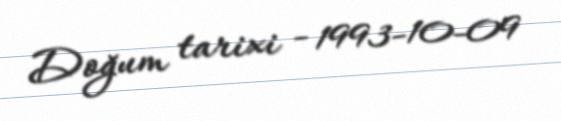
Doğum tarixi - 1993-10-09